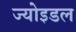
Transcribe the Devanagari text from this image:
ज्योइडल